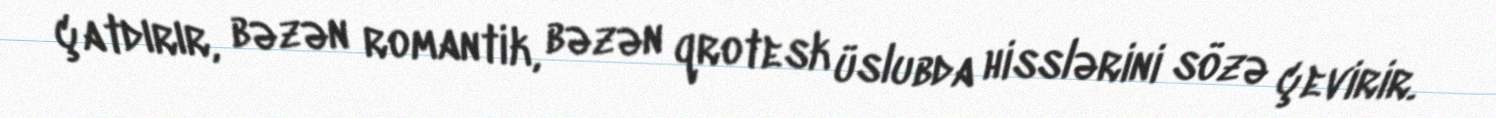
çatdırır, bəzən romantik, bəzən qrotesk üslubda hisslərini sözə çevirir.